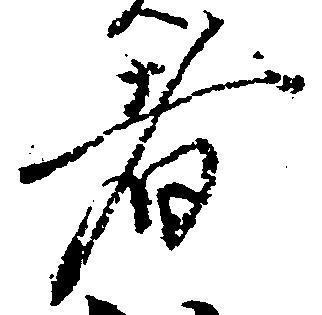
者